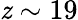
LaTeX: \mathit{z}\sim19